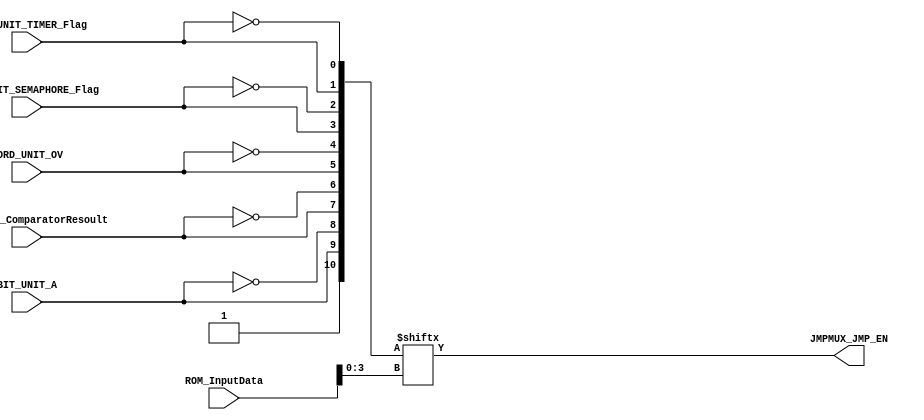
module JMP_MUX
(
	input wire [7:0] 		ROM_InputData,
	
	input wire 					BIT_UNIT_A,
	input wire 					WORD_UNIT_OV,
	input wire 					WORD_UNIT_ComparatorResoult,
	input wire 					WORD_UNIT_SEMAPHORE_Flag,
	input wire 					WORD_UNIT_TIMER_Flag,
	
	output wire 				JMPMUX_JMP_EN
);


	wire jmpc  =  BIT_UNIT_A;
	wire jmpcn = !BIT_UNIT_A;
	wire jcmp  =  WORD_UNIT_ComparatorResoult;
	wire jcmpn = !WORD_UNIT_ComparatorResoult;
	wire jov	 =  WORD_UNIT_OV;
	wire jovn	 = !WORD_UNIT_OV;
	wire jmps	 =  WORD_UNIT_SEMAPHORE_Flag;
  wire jmpsn = !WORD_UNIT_SEMAPHORE_Flag;
	wire jmpt	 =  WORD_UNIT_TIMER_Flag;
  wire jmptn = !WORD_UNIT_TIMER_Flag;
		
	wire [10:0] mux_input = {1'b1, jmpc, jmpcn, jcmp, jcmpn, jov, jovn, jmps, jmpsn, jmpt, jmptn};


	assign JMPMUX_JMP_EN = mux_input[ROM_InputData[3:0]];



endmodule